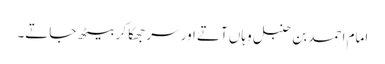
امام احمد بن حنبل وہاں آتے اور سر جھکا کر بیٹھ جاتے۔